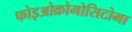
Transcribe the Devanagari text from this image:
फोइओक्रोमोसिटोमा